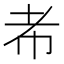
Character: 㠻